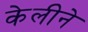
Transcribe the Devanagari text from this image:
केलीने